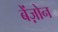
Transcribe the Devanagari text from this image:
बेंज़ोन